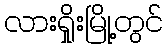
လားရှိုးမြို့တွင်